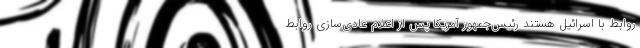
روابط با اسرائیل هستند رئیس‌جمهور آمریکا پس از اعلام عادی‌سازی روابط